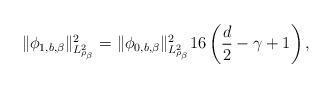
LaTeX: \begin{align*} \| \phi_{1, b, \beta} \|_{L^2_{\rho_\beta}}^2 = \| \phi_{0, b, \beta} \|_{L^2_{\rho_\beta}}^2 16 \left(\frac{d}{2} -\gamma + 1 \right), \end{align*}